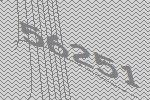
56251